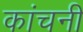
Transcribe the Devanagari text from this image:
कांचनी